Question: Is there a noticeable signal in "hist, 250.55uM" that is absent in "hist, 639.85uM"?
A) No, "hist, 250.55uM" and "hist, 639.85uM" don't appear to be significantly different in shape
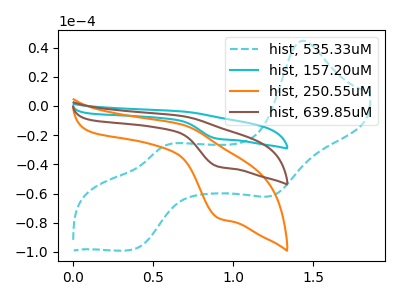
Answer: <think>The cyan dashed curve "hist, 535.33uM" has anodic peaks at (1.45V, 44.75uA) (0.55V, -27.45uA) and cathodic peaks at (1.25V, -61.25uA) (0.35V, -98.40uA). The cyan curve "hist, 157.20uM" has an anodic peak at (0.70V, -13.95uA) and a cathodic peak at (0.90V, -83.30uA). The orange curve "hist, 250.55uM" has an anodic peak at (0.70V, -12.85uA) and a cathodic peak at (0.90V, -76.85uA). The brown curve "hist, 639.85uM" has an anodic peak at (0.70V, -6.95uA) and a cathodic peak at (0.90V, -41.65uA).
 All the peaks in "hist, 250.55uM" have a peak in "hist, 639.85uM" at the same potential.</think>
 <answer>A) No, "hist, 250.55uM" and "hist, 639.85uM" don't appear to be significantly different in shape</answer>
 <eval>A</eval>